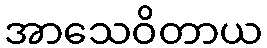
အာသေဝိတာယ